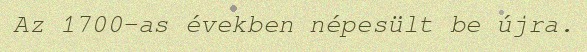
Az 1700-as években népesült be újra.